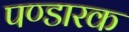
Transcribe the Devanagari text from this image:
पण्डारक